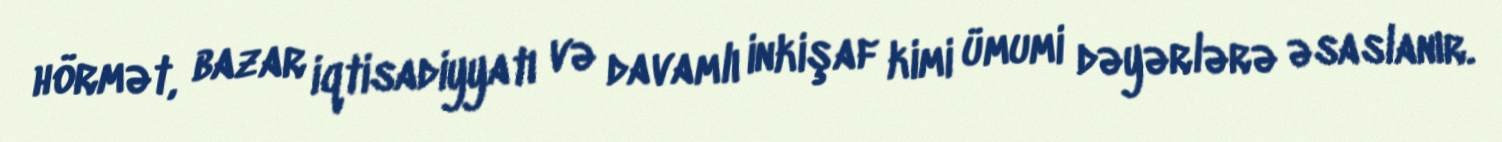
hörmət, bazar iqtisadiyyatı və davamlı inkişaf kimi ümumi dəyərlərə əsaslanır.